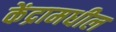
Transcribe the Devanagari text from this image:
केंद्रामधील